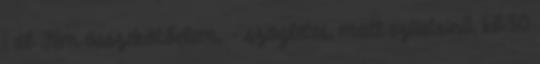
1 db Fém összekötőelem, - szögletes, matt ezüstsinű, kb.50